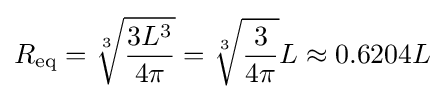
R_{\text{eq}}={\sqrt[{3}]{\frac {3L^{3}}{4\pi }}}={\sqrt[{3}]{\frac {3}{4\pi }}}L\approx 0.6204L